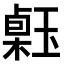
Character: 𤨗